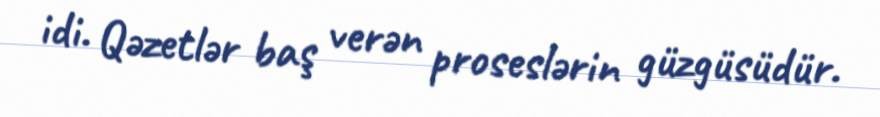
idi. Qəzetlər baş verən proseslərin güzgüsüdür.